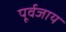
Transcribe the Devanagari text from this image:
पूर्वजाय